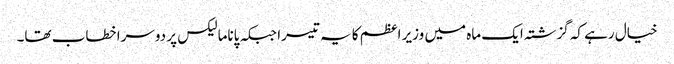
خیال رہے کہ گزشتہ ایک ماہ میں وزیر اعظم کا یہ تیسرا جبکہ پاناما لیکس پر دوسرا خطاب تھا۔